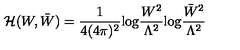
{ \cal H } ( W , \bar { W } ) = \frac { 1 } { 4 ( 4 \pi ) ^ { 2 } } \mathrm { l o g } \frac { W ^ { 2 } } { \Lambda ^ { 2 } } \mathrm { l o g } \frac { \bar { W } ^ { 2 } } { \Lambda ^ { 2 } } \,